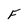
Character: F